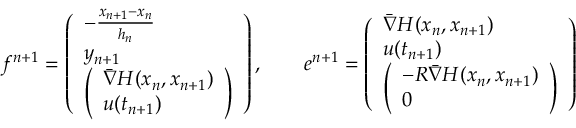
f ^ { n + 1 } = \left( \begin{array} { l } { - \frac { x _ { n + 1 } - x _ { n } } { h _ { n } } } \\ { y _ { n + 1 } } \\ { \left( \begin{array} { l } { \bar { \nabla } H ( x _ { n } , x _ { n + 1 } ) } \\ { u ( t _ { n + 1 } ) } \end{array} \right) } \end{array} \right) , \qquad e ^ { n + 1 } = \left( \begin{array} { l } { \bar { \nabla } H ( x _ { n } , x _ { n + 1 } ) } \\ { u ( t _ { n + 1 } ) } \\ { \left( \begin{array} { l } { - R \bar { \nabla } H ( x _ { n } , x _ { n + 1 } ) } \\ { 0 } \end{array} \right) } \end{array} \right)